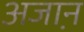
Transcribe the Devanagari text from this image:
अजा़न